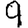
Digit: 9